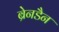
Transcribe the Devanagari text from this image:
ब्रेनडैन